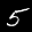
Label: 5